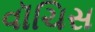
વૉચિસ